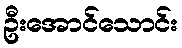
ဦးအောင်သောင်း